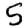
Digit: 5